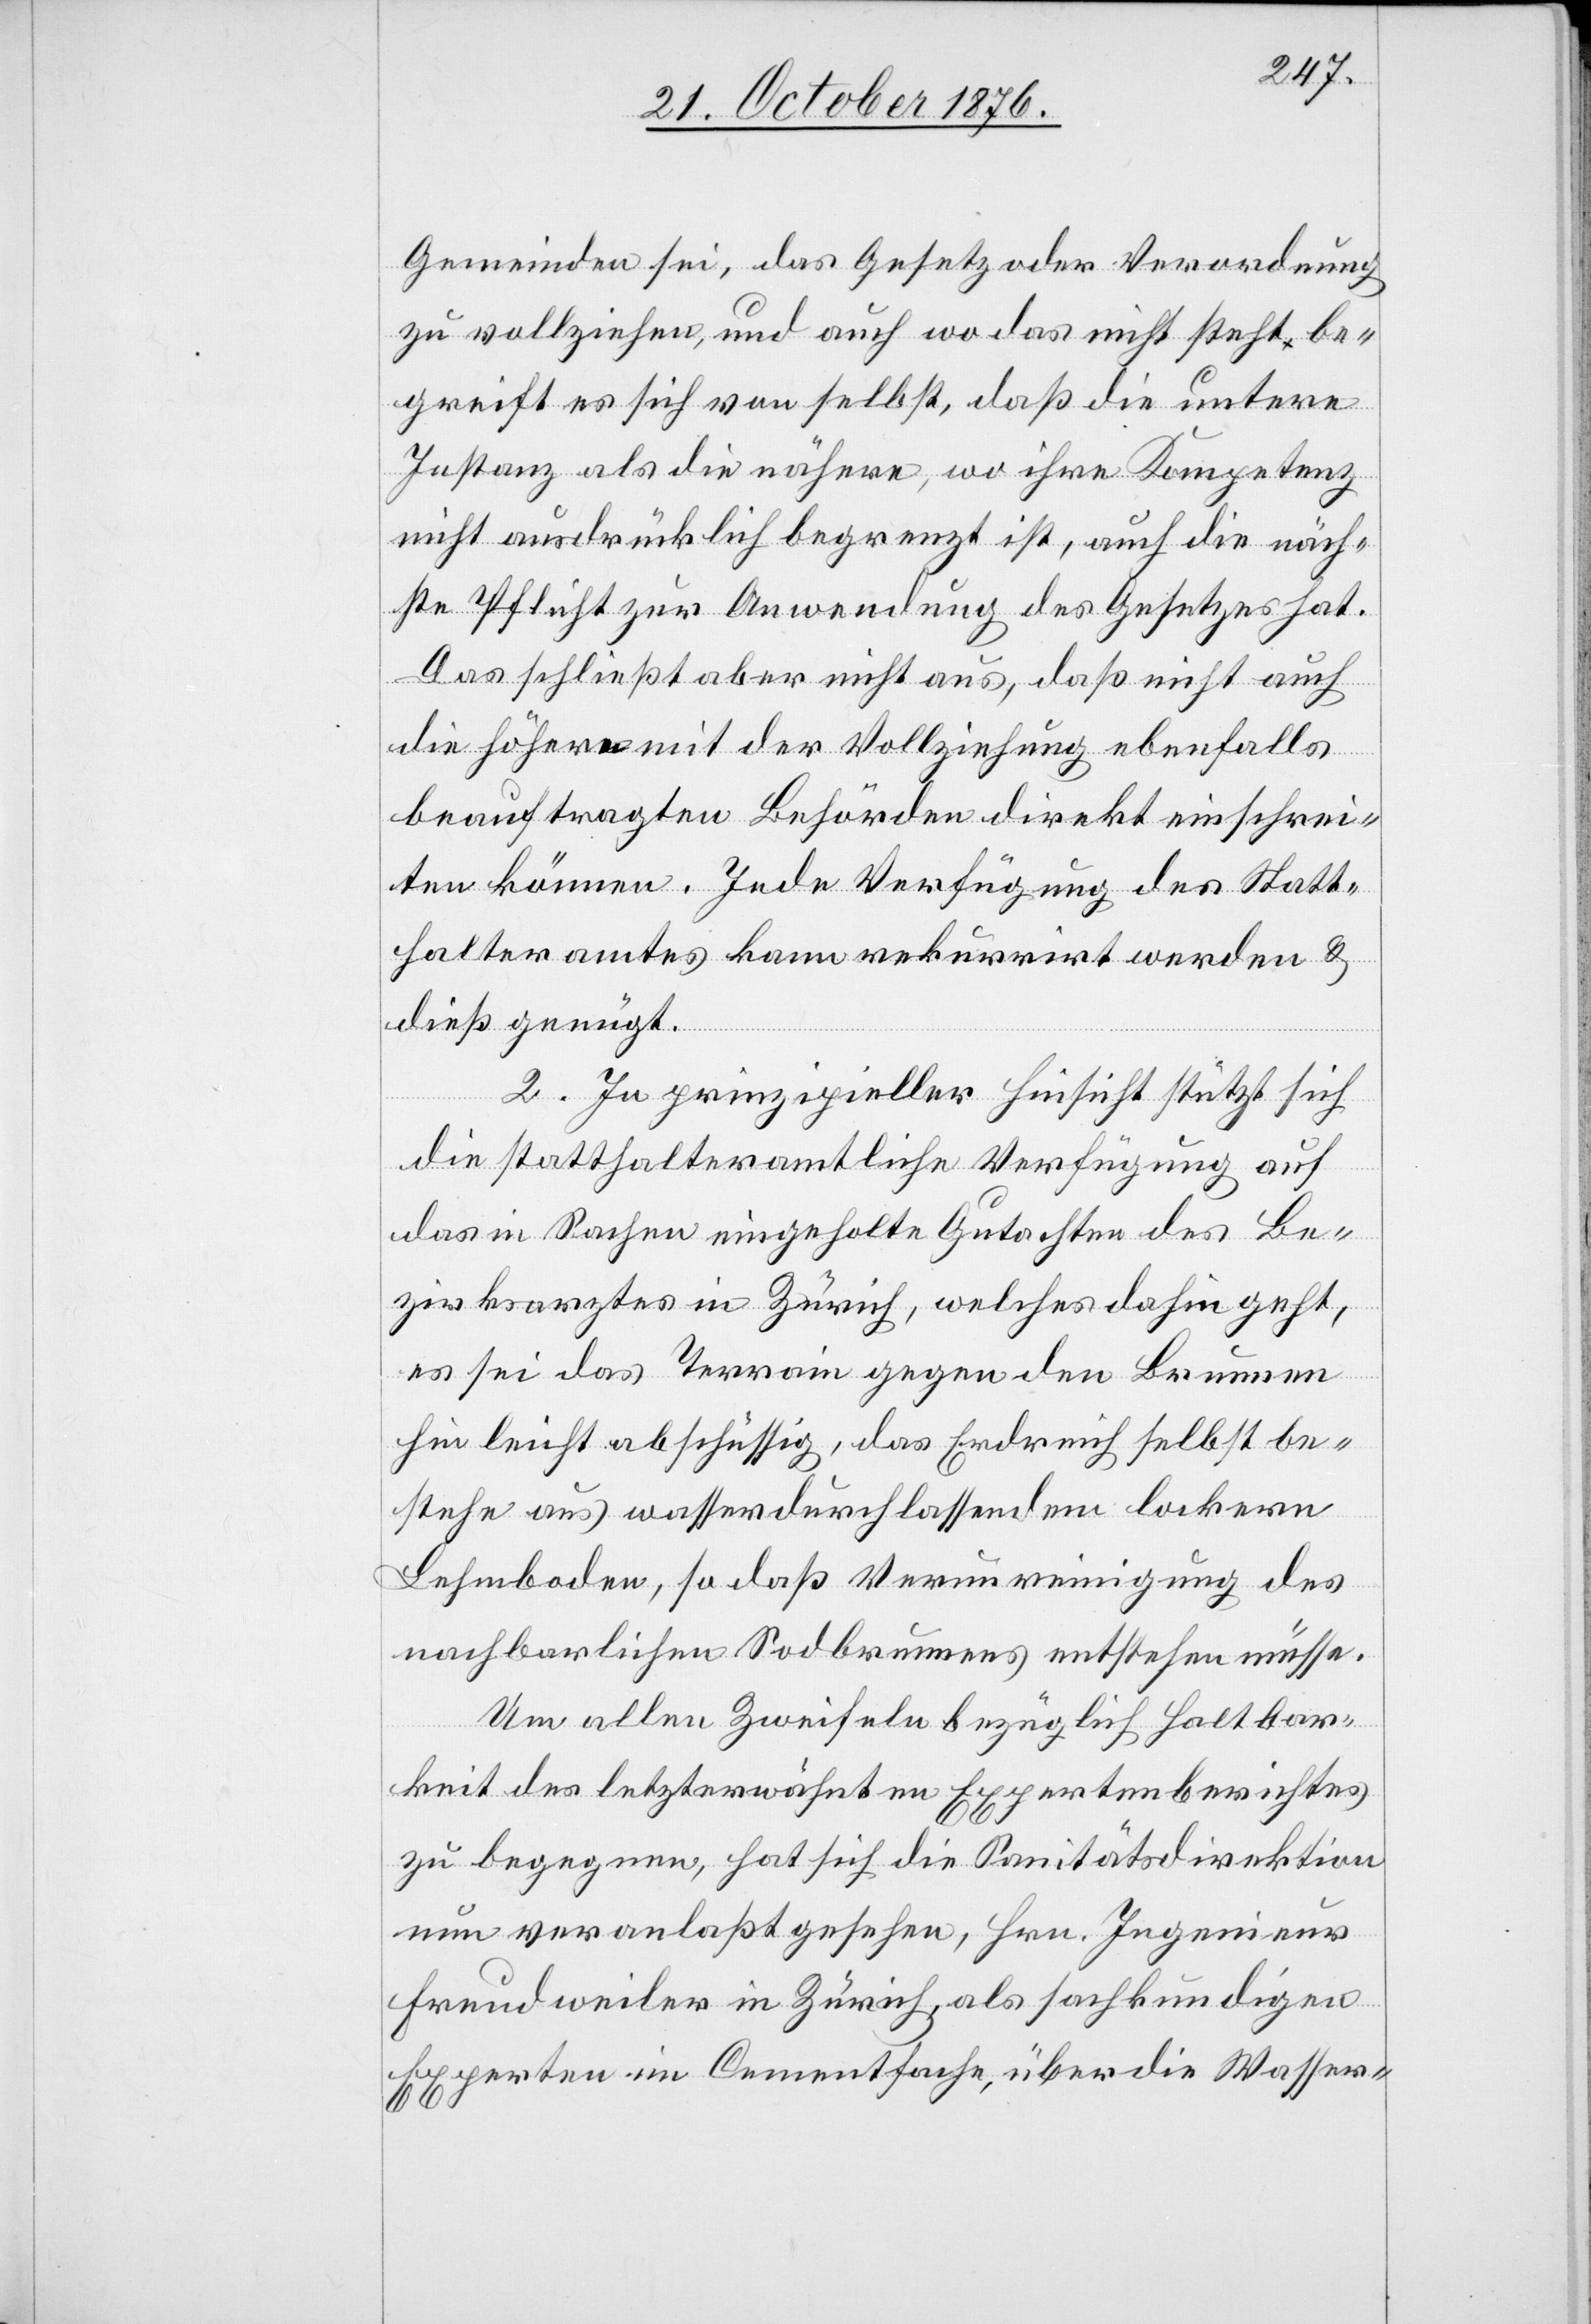
Gemeinden sei, das Gesetz oder [die] Verordnung
zu vollziehen, und auch wo das nicht steht be¬
greift es sich von selbst, daß die untere
Instanz als die nähere, wo ihre Kompetenz
nicht ausdrücklich begrenzt ist, auch die näch¬
ste Pflicht zur Anwendung des Gesetzes hat.
Das schließt aber nicht aus, daß nicht auch
die höhern mit der Vollziehung ebenfalls
beauftragten Behörden direkt einschrei¬
ten können. Jede Verfügung des Statt¬
halteramtes kann rekurrirt werden &
dieß genügt.
2. In prinzipieller Hinsicht stützt sich
die statthalteramtliche Verfügung auf
das in Sachen eingeholte Gutachten des Be¬
zirksrathes in Zürich, welches dahin geht,
es sei das Terrain gegen den Brunnen
hin leicht abschüssig, das Erdreich selbst be¬
stehe aus wasserdurchlassendem lockern
Lehmboden, so daß Verunreinigung des
nachbarlichen Sodbrunnens entstehen müsse.
Um allen Zweifeln bezüglich Haltbar¬
keit des letzterwähnten Expertenberichtes
zu begegnen hat sich die Sanitätsdirektion
nun veranlaßt gesehen, Hrn. Ingenieur
Freudweiler in Zürich, als sachkundigen
Experten im Cementfache, über die Wasser-